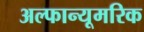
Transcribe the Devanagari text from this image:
अल्फान्यूमरिक